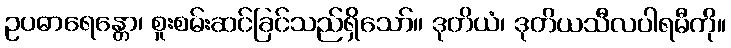
ဥပဓာရေန္တော၊ စူးစမ်းဆင်ခြင်သည်ရှိသော်။ ဒုတိယံ၊ ဒုတိယသီလပါရမီကို။